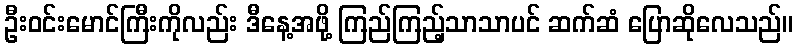
ဦးဝင်းမောင်ကြီးကိုလည်း ဒီနေ့အဖို့ ကြည်ကြည့်သာသာပင် ဆက်ဆံ ပြောဆိုလေသည်။